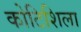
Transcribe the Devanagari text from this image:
कोटिशिला